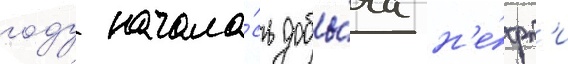
году начала́сь добы́ча н'е́фт'и